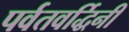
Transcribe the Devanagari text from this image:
पर्वतवर्द्धिनी